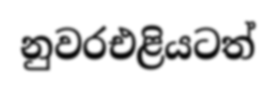
නුවරඑළියටත්